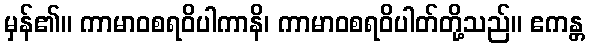
မှန်၏။ ကာမာဝစရဝိပါကာနိ၊ ကာမာဝစရဝိပါတ်တို့သည်။ ဧကန္တ